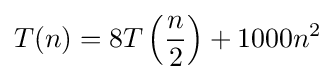
T(n)=8T\left({\frac {n}{2}}\right)+1000n^{2}